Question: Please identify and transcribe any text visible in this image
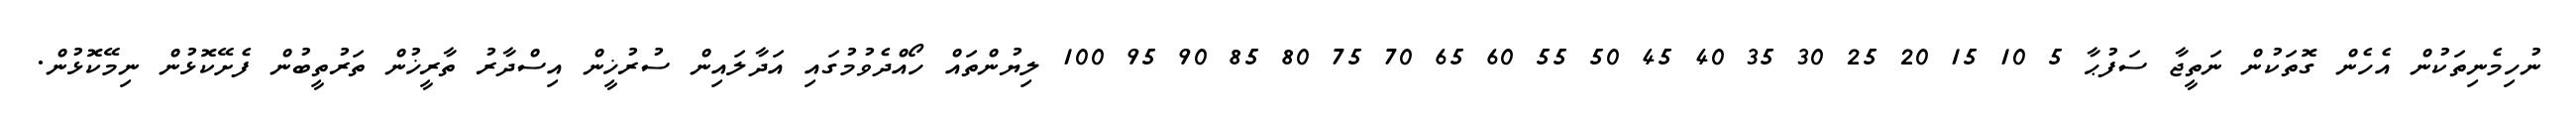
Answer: ނުހިމެނިތަކުން އެހެން ގޮތަކުން ނަތީޖާ ސަފުޙާ 5 10 15 20 25 30 35 40 45 50 55 60 65 70 75 80 85 90 95 100 ލިޔުންތައް ހޯއްދެވުމުގައި އަދާލައިން ސުރުޚީން އިސްދާރު ތާރީޚުން ތަރުތީބުން ފެށޭކޮޅުން ނިމޭކޮޅުން.